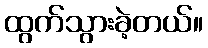
ထွက်သွားခဲ့တယ်။